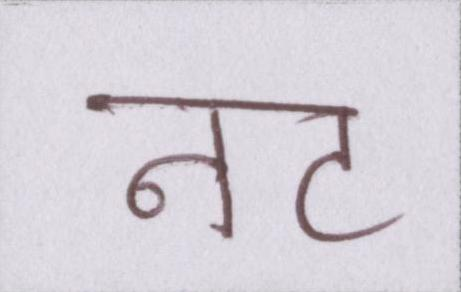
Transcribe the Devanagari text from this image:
नट